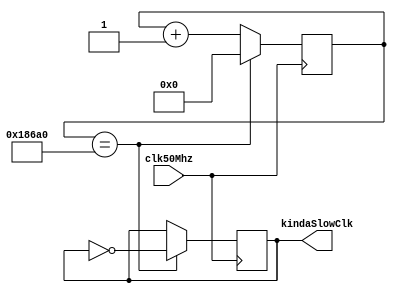
module niceDivider(clk50Mhz,/* slowClk,*/kindaSlowClk);
  input clk50Mhz; 	//fast clock
//  output slowClk; 	//slow clock
  output kindaSlowClk;

  //reg[26:0] counter;
  reg[26:0] counter1;
  //reg slowClk;
  reg kindaSlowClk;
  

  
  always @ (posedge clk50Mhz)
  begin
  /*
   	counter <= counter + 1;		//increment the counter every 20ns (1/50 Mhz) cycle.
   	if(counter == 25000000)   // number here * 20ns * 2 = period
   	  begin
   	    counter <= 0;
   	    //slowClk <= ~slowClk;
 	    end
 	  else
 	    counter <= counter + 1;
*/	
	if(counter1 == 100000)   // number here * 20ns * 2 = period
   	 begin
   	    counter1 <= 0;
   	    kindaSlowClk <= ~kindaSlowClk;
 	    end
 	else
 	    counter1 <= counter1 + 1;
  end
  
endmodule